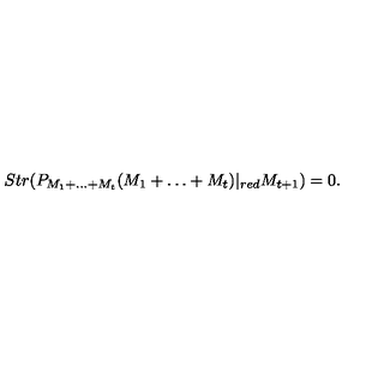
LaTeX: S t r ( P _ { M _ { 1 } + \dots + M _ { t } } ( M _ { 1 } + \dots + M _ { t } ) | _ { { r e d } } M _ { t + 1 } ) = 0 .